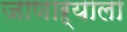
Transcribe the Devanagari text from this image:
जाणाऱ्याला